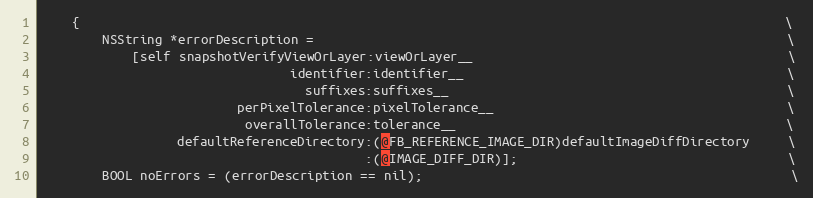
Language: C
    {                                                                                              \
        NSString *errorDescription =                                                               \
            [self snapshotVerifyViewOrLayer:viewOrLayer__                                          \
                                 identifier:identifier__                                           \
                                   suffixes:suffixes__                                             \
                          perPixelTolerance:pixelTolerance__                                       \
                           overallTolerance:tolerance__                                            \
                  defaultReferenceDirectory:(@FB_REFERENCE_IMAGE_DIR)defaultImageDiffDirectory     \
                                           :(@IMAGE_DIFF_DIR)];                                    \
        BOOL noErrors = (errorDescription == nil);                                                 \